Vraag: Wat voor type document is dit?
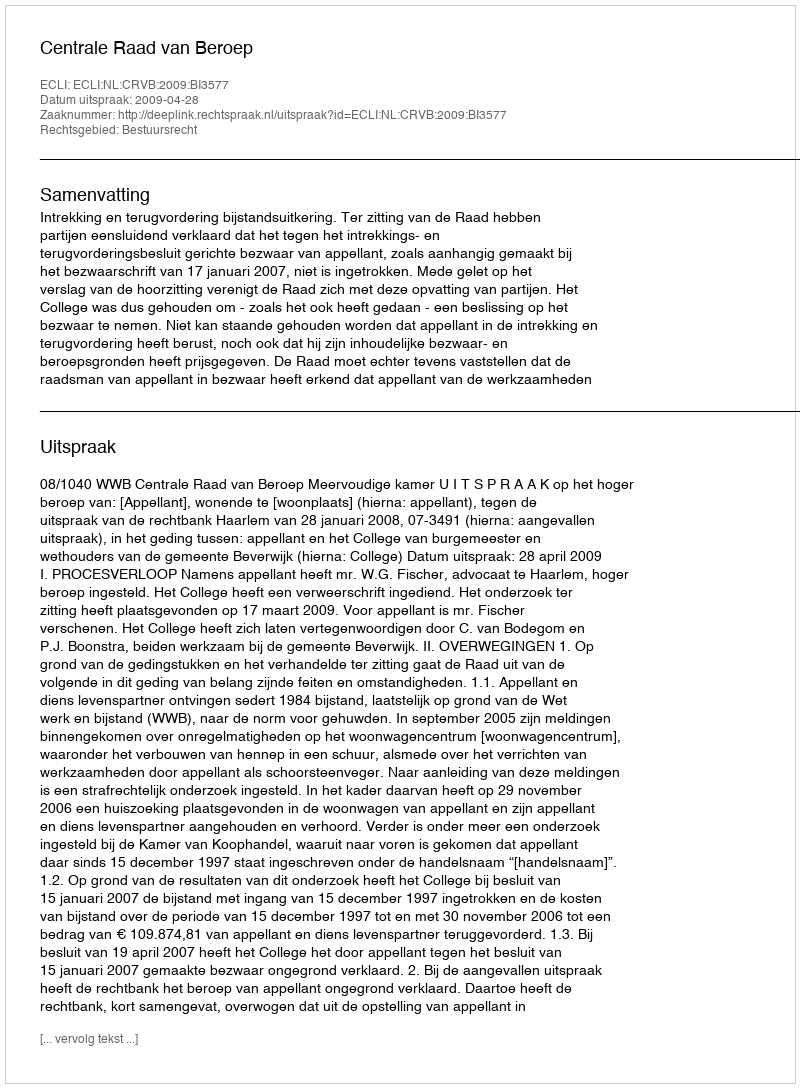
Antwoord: Uitspraak